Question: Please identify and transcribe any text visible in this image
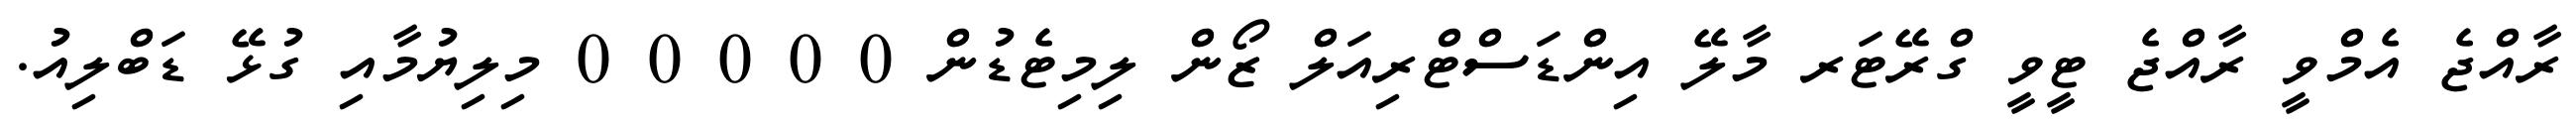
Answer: ރާއްޖެ އެމްވީ ރާއްޖެ ޓީވީ ގްރޭޓަރ މާލޭ އިންޑަސްޓްރިއަލް ޒޯން ލިމިޓެޑުން 0 0 0 0 0 މިލިޔުމާއި ގުޅޭ ޑަބްލިއު.